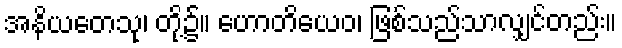
အနိယတေသု၊ တို့၌။ ဟောတိယေဝ၊ ဖြစ်သည်သာလျှင်တည်း။